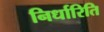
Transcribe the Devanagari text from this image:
निर्धारिति